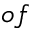
o f